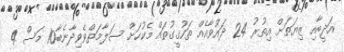
އަދީބާއި ޒިޔަތަށް އިތުރު 24 ދައުވާއެއް ތަހުގީގުތައް މެކުހަށް ސަލާމަތްވެވިދާނެބާ10 މަސް 4